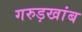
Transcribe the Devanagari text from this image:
गरुड़खांब